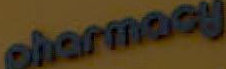
pharmacy